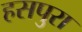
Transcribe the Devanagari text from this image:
हसपुरा